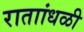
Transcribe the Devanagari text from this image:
राताांधळी